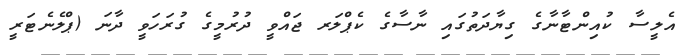
އެލީސާ ކުއިންޓާނާގެ ގިޔާދަތުގައި ނާސާގެ ކެޕްލަރ ޖައްވީ ދުރުމީގެ ގުރަހަވީ ދާނަ (ޕްލެނެޓަރީ